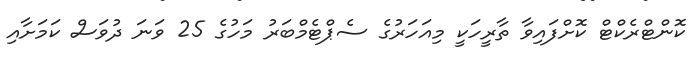
ކޮންޓްރެކްޓް ކޮށްފައިވާ ތާރީހަކީ މިއަހަރުގެ ސެޕްޓެމްބަރު މަހުގެ 25 ވަނަ ދުވަސް ކަމަށާއި